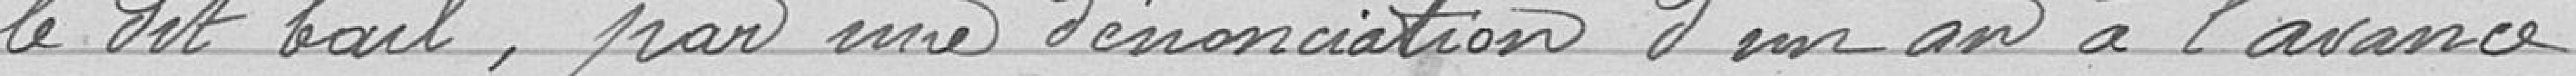
le dit bail, par une dénonciation d'un an à l'avance.